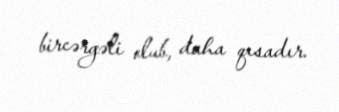
bircərgəli olub, daha qısadır.